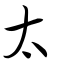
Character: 太